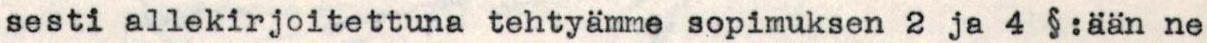
sesti allekirjoitettuna tehtyämme sopimuksen 2 ja 4 §:ään ne